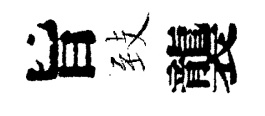
旨𦤺襲